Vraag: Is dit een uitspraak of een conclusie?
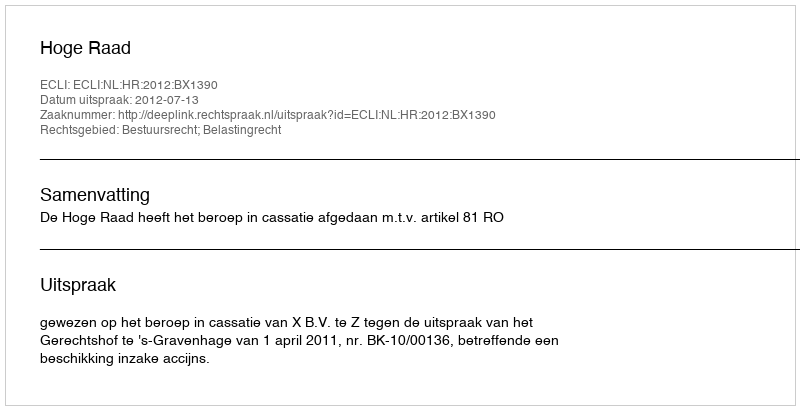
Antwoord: Uitspraak